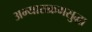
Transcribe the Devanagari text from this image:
अभ्यासक्रमसुद्धा